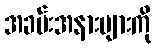
အခမ်းအနားများကို